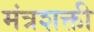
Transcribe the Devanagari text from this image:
मंत्रशक्ती